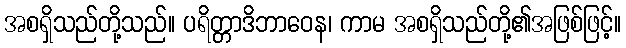
အစရှိသည်တို့သည်။ ပရိတ္တာဒိဘာဝေန၊ ကာမ အစရှိသည်တို့၏အဖြစ်ဖြင့်။